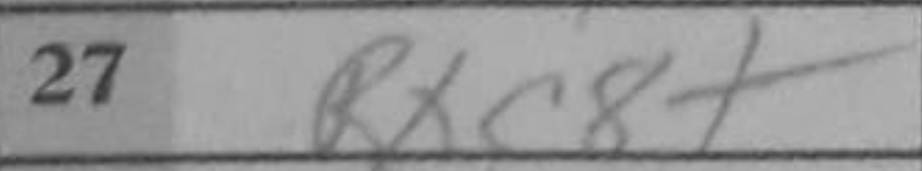
Transcription: Rxc8+